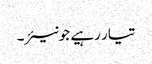
تیار رہیے جونیئر۔